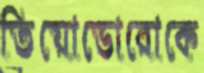
তিয়োডোরোকে